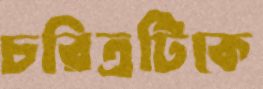
চরিত্রটিকে